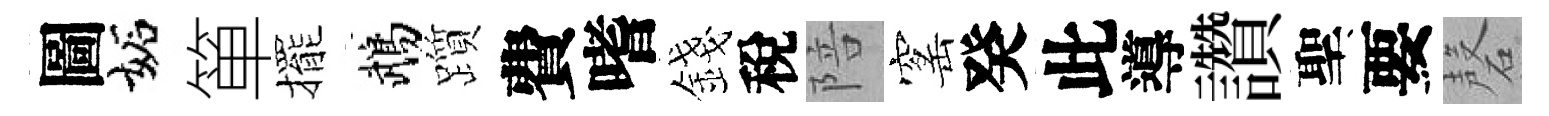
圖妬箪擺鵡躓費嗜錢稅陪窰癸此導讚聖要磬